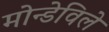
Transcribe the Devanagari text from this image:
मोन्डेविले